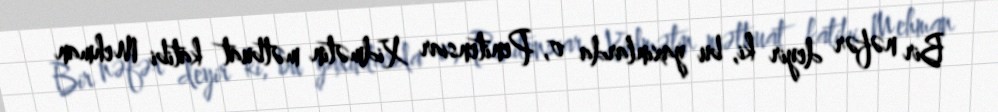
Bir nəfər deyir ki, bu yaxınlarda o, Penitensiar Xidmətin mətbuat katibi Mehman